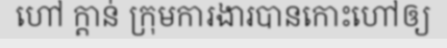
ហៅ ក្តាន់ ក្រុមការងារបានកោះហៅឲ្យ